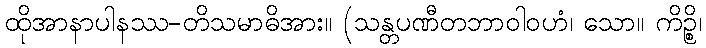
ထိုအာနာပါနဿ-တိသမာဓိအား။ (သန္တပဏီတဘာဝါဝဟံ၊ သော။ ကိဉ္စိ၊